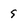
Character: s